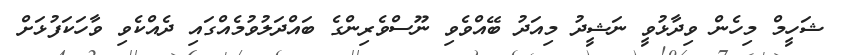
ޝަހީމް މިހެން ވިދާޅުވީ ނަޝީދު މިއަދު ބޭއްވެވި ނޫސްވެރިންގެ ބައްދަލުވުމެއްގައި ދެއްކެވި ވާހަކަފުޅަށް